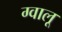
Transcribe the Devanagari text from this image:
ग्वालू